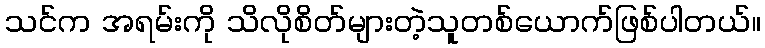
သင်က အရမ်းကို သိလိုစိတ်များတဲ့သူတစ်ယောက်ဖြစ်ပါတယ်။